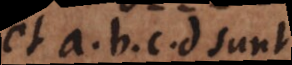
et a, b, c, d sunt